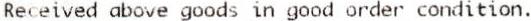
RECEIVED ABOVE GOODS IN GOOD ORDER CONDITION.